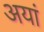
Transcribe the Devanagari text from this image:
अयां